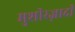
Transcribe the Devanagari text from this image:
मुशीरज़ादी